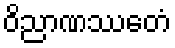
ဝိညာဏဿေတံ